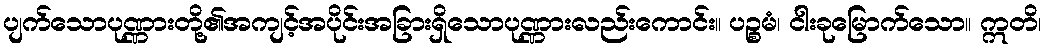
ပျက်သောပုဏ္ဏားတို့၏အကျင့်အပိုင်းအခြားရှိသောပုဏ္ဏားလည်းကောင်း။ ပဉ္စမံ၊ ငါးခုမြောက်သော။ ဣတိ၊